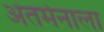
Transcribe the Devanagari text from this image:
अंतर्मनाला